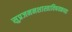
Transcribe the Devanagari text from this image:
सुप्रजननशास्त्राविषयकच्या